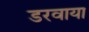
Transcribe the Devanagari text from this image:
डरवाया